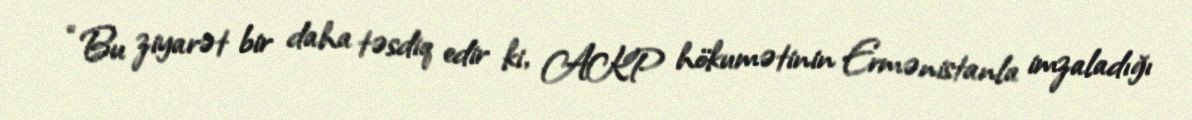
“Bu ziyarət bir daha təsdiq edir ki, AKP hökumətinin Ermənistanla imzaladığı